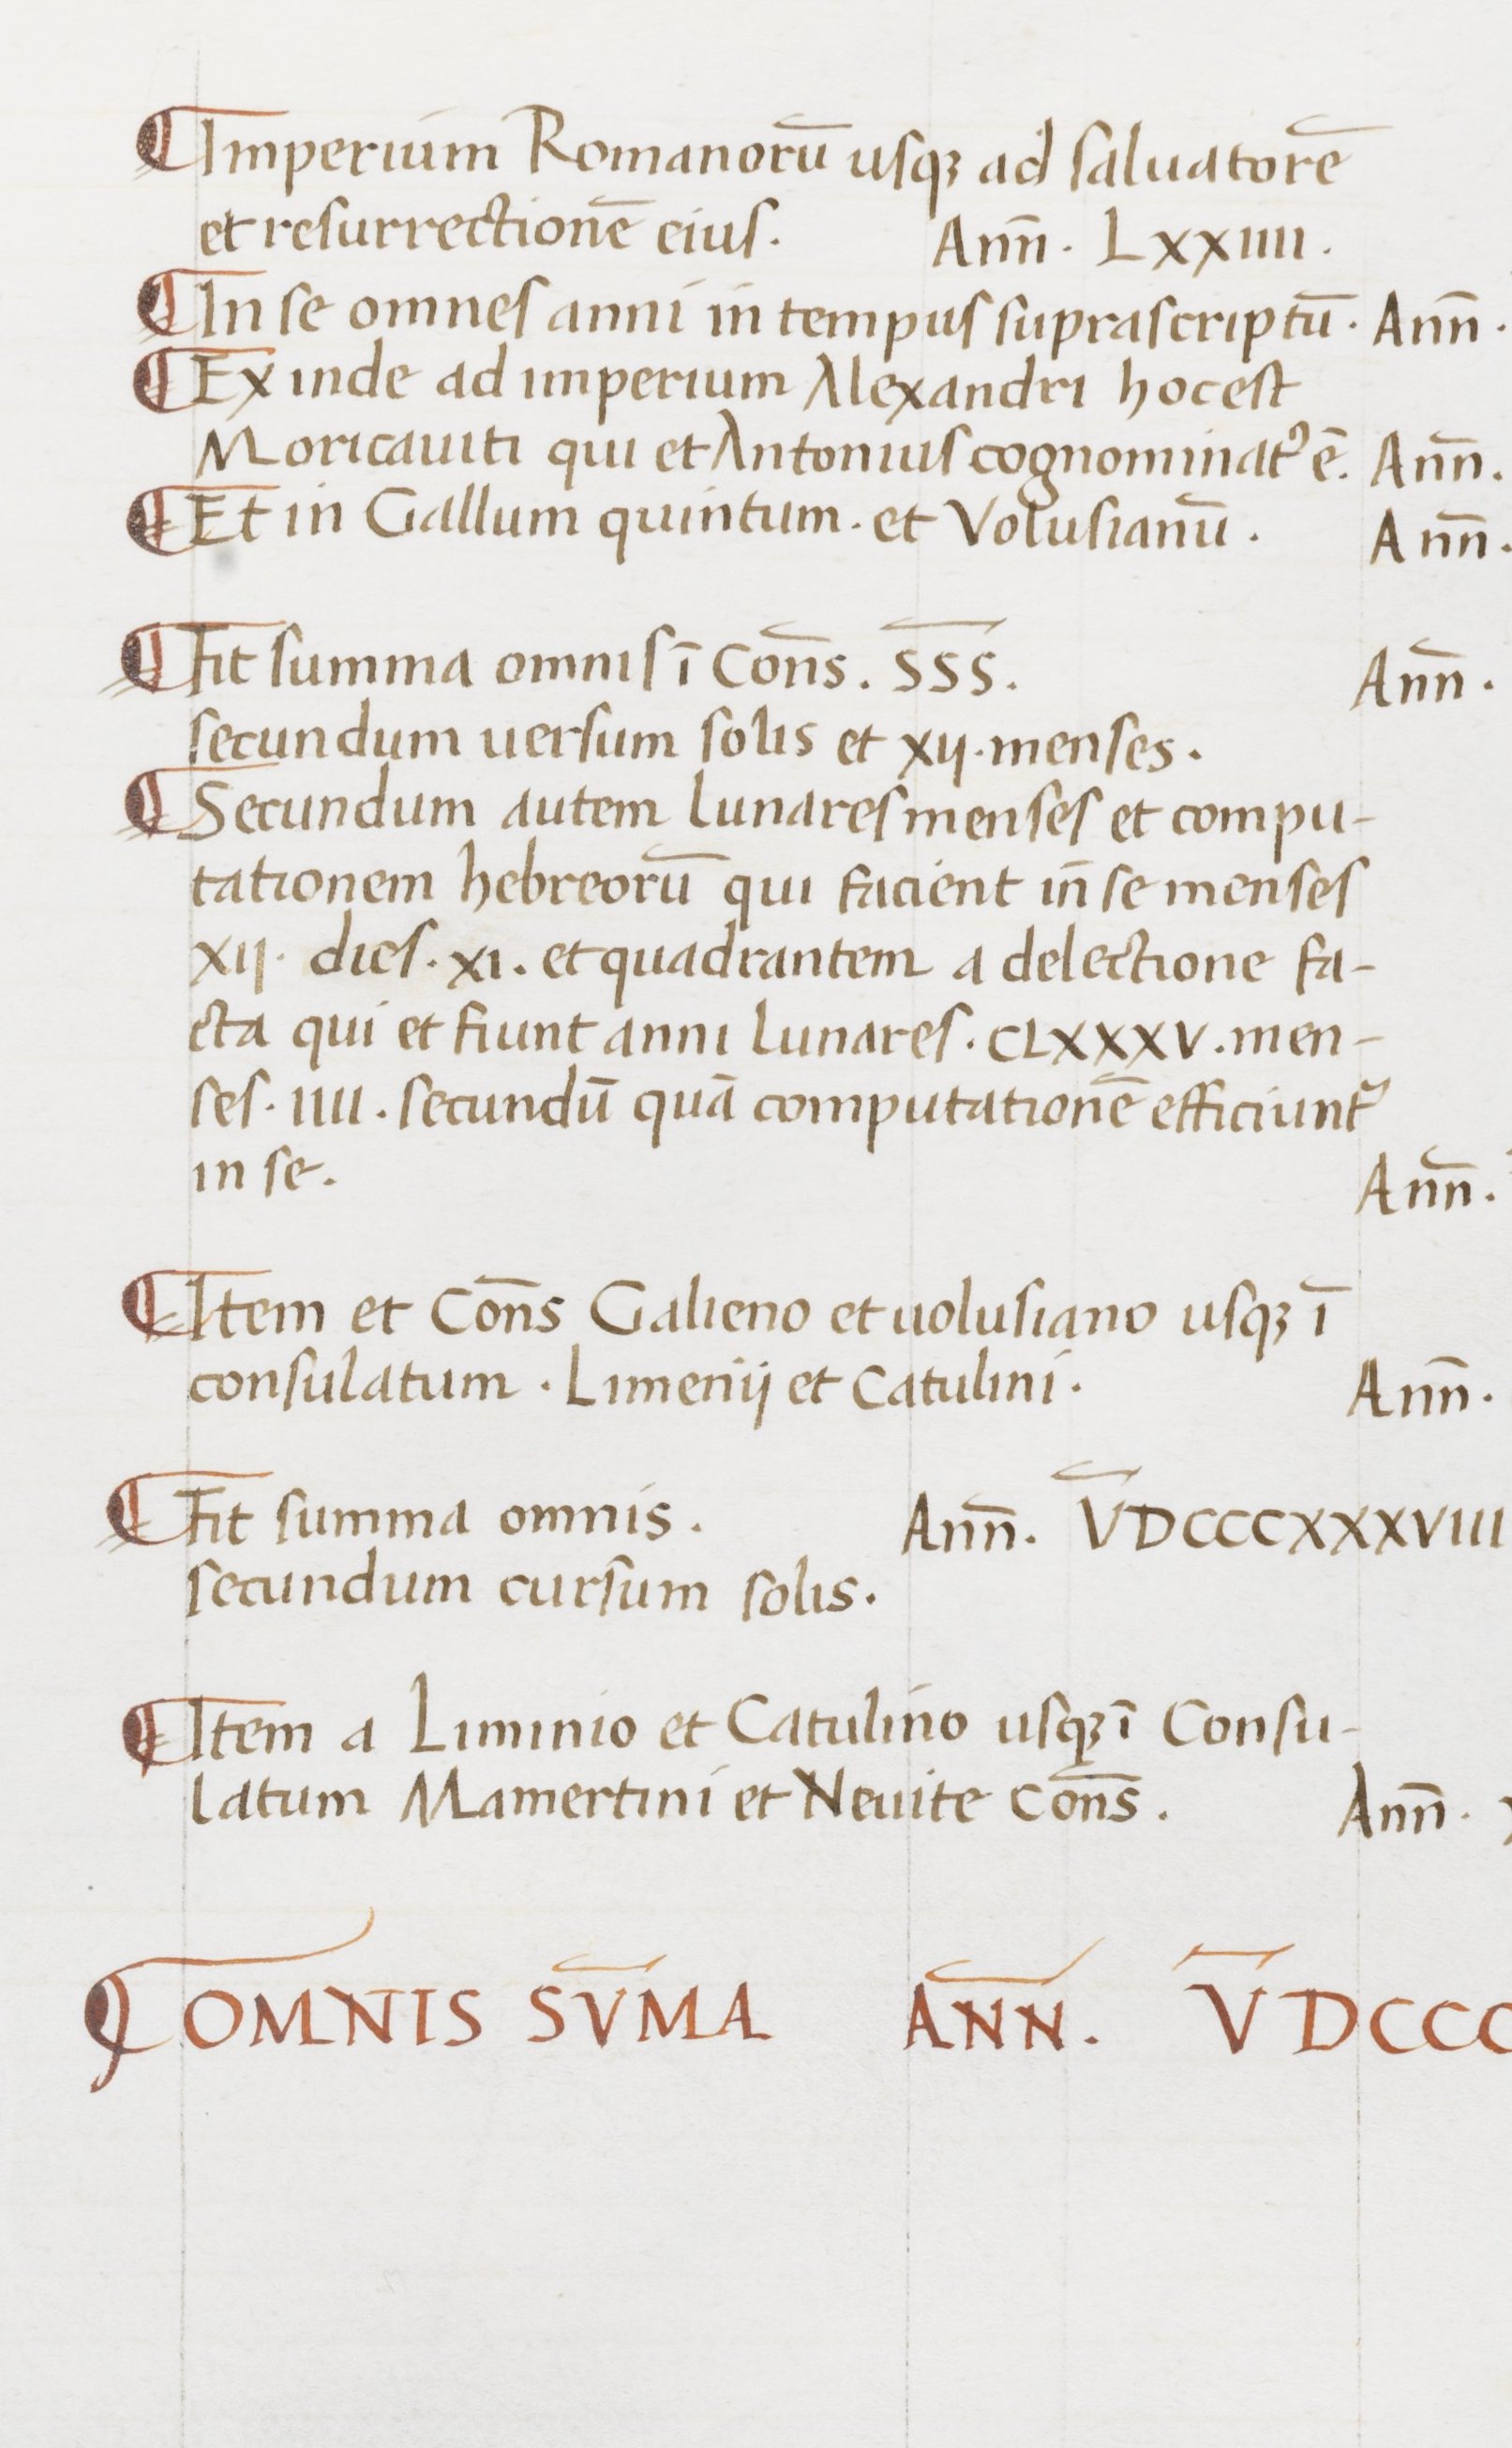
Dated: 1465–1495